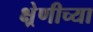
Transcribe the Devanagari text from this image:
क्ष्रेणीच्या